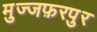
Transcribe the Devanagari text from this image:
मुज्जफ़रपुर